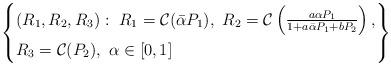
LaTeX: \begin{align*}\left\{\begin{aligned}&(R_1,R_2,R_3):\ R_1=\mathcal{C}(\bar{\alpha}P_1),\ R_2=\mathcal{C}\left(\tfrac{a\alpha P_1}{1+a\bar{ \alpha}P_1+bP_2}\right),\\&R_3=\mathcal{C}(P_2),\ \alpha\in[0,1]\end{aligned}\right\}\end{align*}